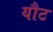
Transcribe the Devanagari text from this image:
यौट